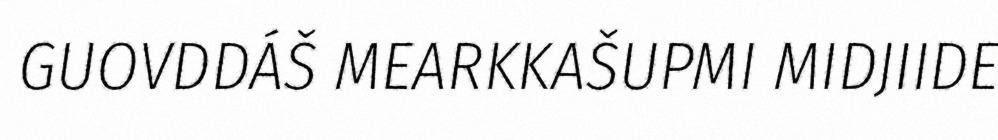
GUOVDDÁŠ MEARKKAŠUPMI MIDJIIDE